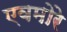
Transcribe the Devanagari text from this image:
एवमोरे